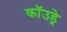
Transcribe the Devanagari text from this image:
कॉउड्रे